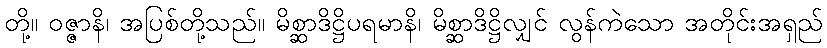
တို့။ ဝဇ္ဇာနိ၊ အပြစ်တို့သည်။ မိစ္ဆာဒိဋ္ဌိပရမာနိ၊ မိစ္ဆာဒိဋ္ဌိလျှင် လွန်ကဲသော အတိုင်းအရှည်